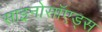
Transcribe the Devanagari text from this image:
साइनोसॉएड्स